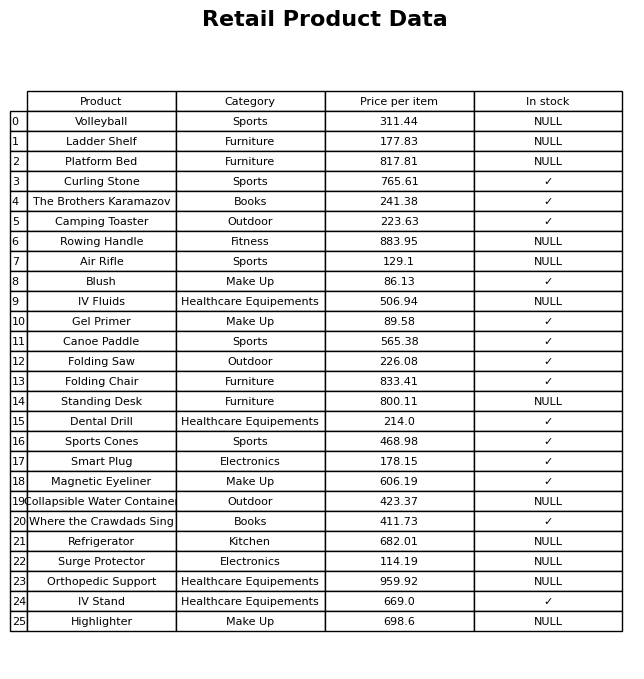
question: What is the price for Magnetic Eyeliner?
answer: The price of Magnetic Eyeliner is 606.19.